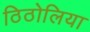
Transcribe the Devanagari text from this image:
ठिठोलिया